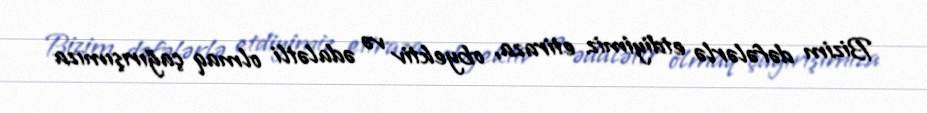
Bizim dəfələrlə etdiyimiz etiraza, obyektiv və ədalətli olmaq çağırışımıza